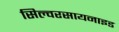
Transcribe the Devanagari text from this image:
सिल्वरसायनाइड